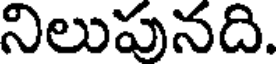
నిలుపునది.